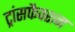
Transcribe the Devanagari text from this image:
ट्रांसफैक्शन